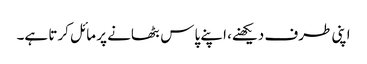
اپنی طرف دیکھنے، اپنے پاس بٹھانے پر مائل کرتا ہے۔